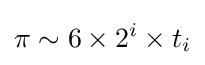
\pi \sim 6\times 2^{i}\times t_{i}